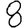
Digit: 8